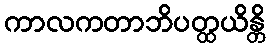
ကာလကတာဘိပတ္ထယိန္တိ